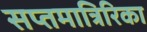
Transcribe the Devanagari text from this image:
सप्तमात्रिरिका